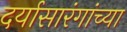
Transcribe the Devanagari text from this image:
दर्यासारंगांच्या